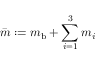
\bar { m } : = m _ { \mathrm { b } } + \sum _ { i = 1 } ^ { 3 } m _ { i }